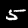
Label: 5